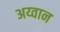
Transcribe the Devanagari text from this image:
अय्वान